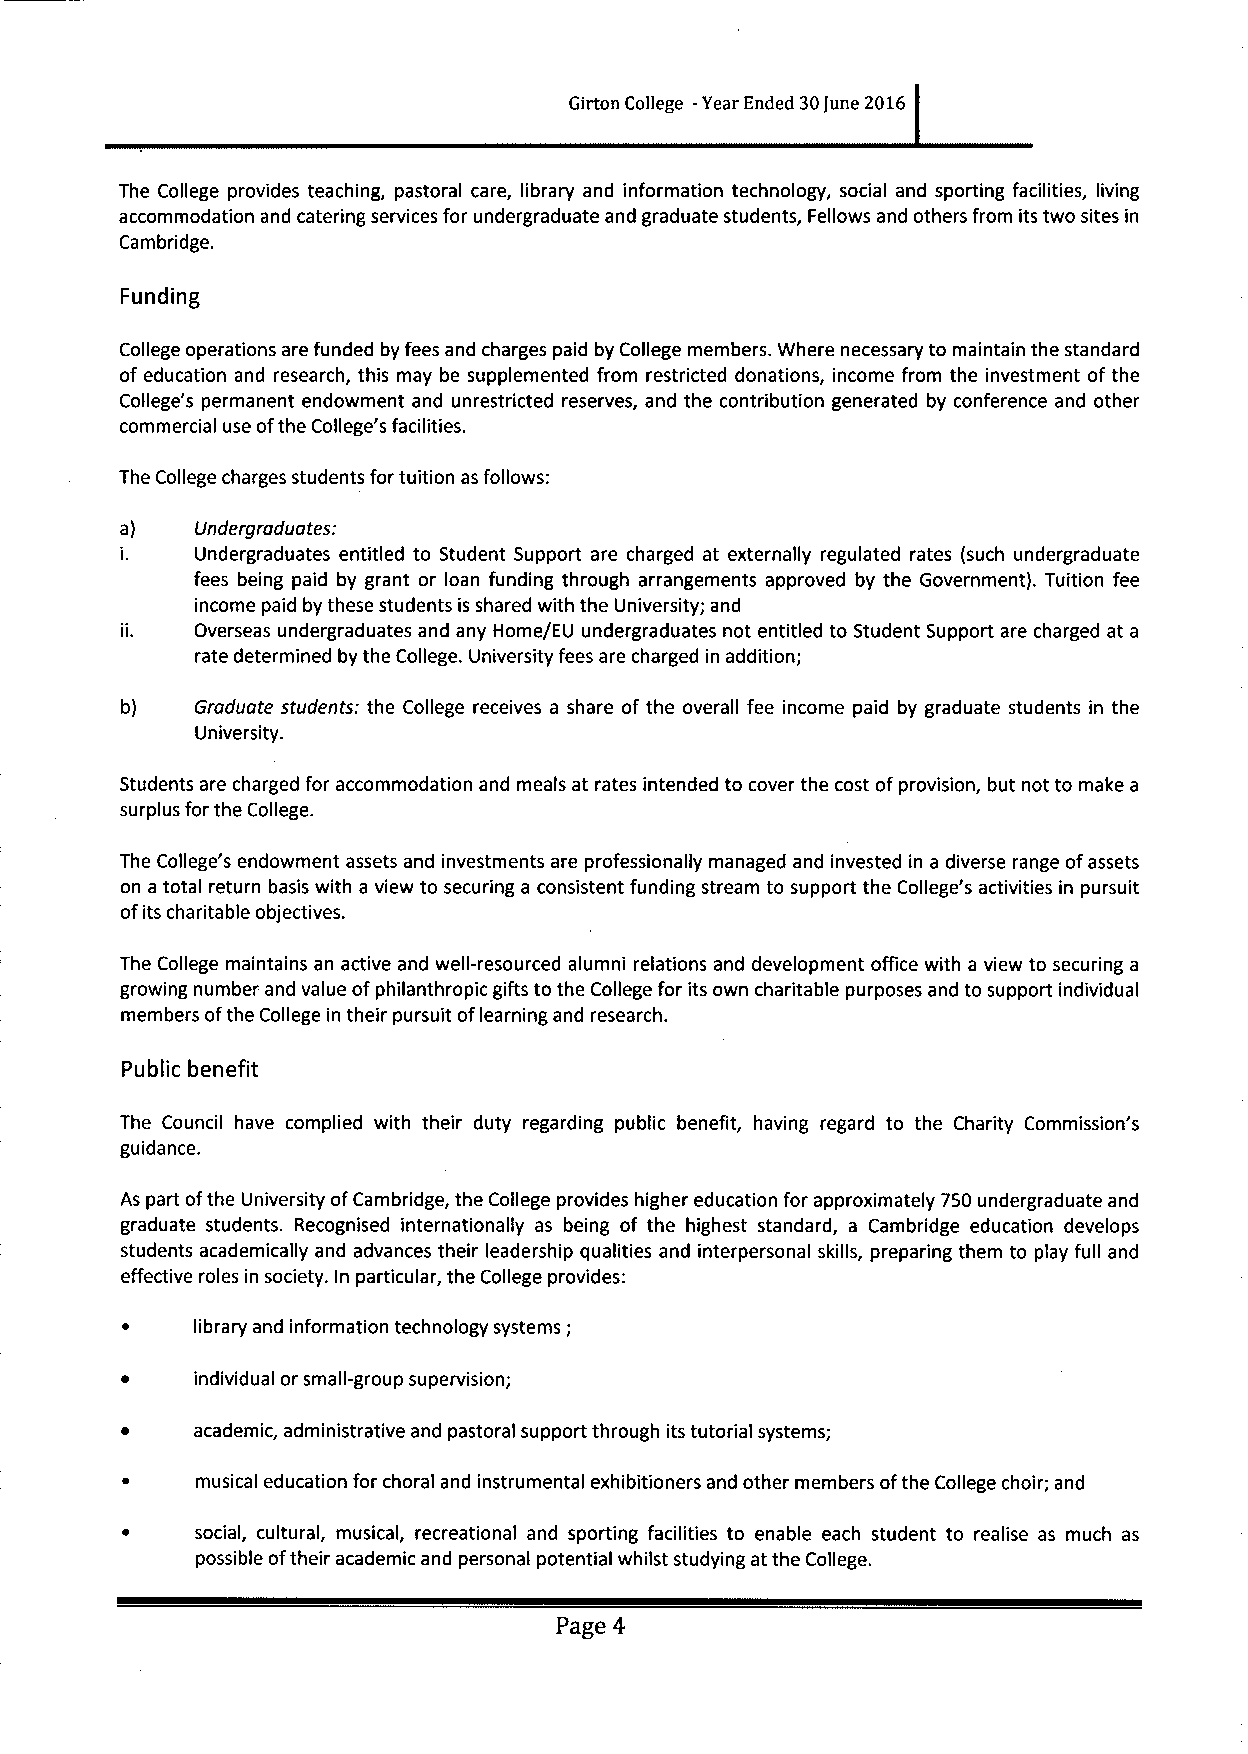
Girton College -Year Ended 30June 2016
 The College provides teaching, pastoral care, library and information technology, social and sporting facilities, living
 accommodation and catering services for undergraduate and graduate students, Fellows and others from its two sites in
 Cambridge.
 Funding
 College operations are funded by fees and charges paid by College members. Where necessary to maintain the standard
 of education and research, this may be supplemented from restricted donations, income from the investment of the
 College's permanent endowment and unrestricted reserves, and the contribution generated by conference and other
 commercial use ofthe College's facilities.
 The College charges students for tuition as follows:
 a)   Undergraduates:
 I.   Undergraduates entitled to Student Support are charged at externally regulated rates (such undergraduate
 fees being paid by grant or loan funding through arrangements approved by the Government). Tuition fee
 income paid by these students is shared with the University; and
 Overseas undergraduates and any Home/EU undergraduates not entitled to Student Support are charged at a
 rate determined by the College. University fees are charged in addition;
 b)   Graduate students: the College receives a share of the overall fee income paid by graduate students in the
 University.
 Students are charged for accommodation and meals at rates intended to cover the cost ofprovision, but not to make a
 surplus for the College.
 The College's endowment assets and investments are professionally managed and invested in a diverse range ofassets
 on a total return basis with a view to securing a consistent funding stream to support the College's activities in pursuit
 ofits charitable objectives.
 The College maintains an active and well-resourced alumni relations and development office with a view to securing a
 growing number and value ofphilanthropic gifts to the College for its own charitable purposes and to support individual
 members ofthe College in their pursuit oflearning and research.
 Public benefit
 The Council have complied with their duty regarding public benefit, having regard to the Charity Commission's
 guidance.
 As part ofthe University ofCambridge, the College provides higher education for approximately 750undergraduate and
 graduate students. Recognised internationally as being of the highest standard, a Cambridge education develops
 students academically and advances their leadership qualities and interpersonal skills, preparing them to play full and
 effective roles in society. In particular, the College provides:
 library and information technology systems;
 individual or small-group supervision;
 academic, administrative and pastoral support through its tutorial systems;
 musical education for choral and instrumental exhibitioners and other members ofthe College choir; and
 social, cultural, musical, recreational and sporting facilities to enable each student to realise as much as
 possible oftheir academic and personal potential whilst studying at the College.
 Page 4